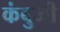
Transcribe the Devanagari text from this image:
कंबुजी